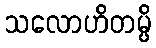
သလောဟိတမ္ပိ